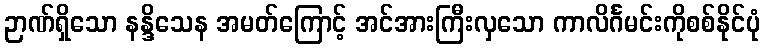
ဉာဏ်ရှိသော နန္ဒိသေန အမတ်ကြောင့် အင်အားကြီးလှသော ကာလိင်္ဂမင်းကိုစစ်နိုင်ပုံ